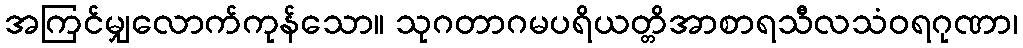
အကြင်မျှလောက်ကုန်သော။ သုဂတာဂမပရိယတ္တိအာစာရသီလသံဝရဂုဏာ၊